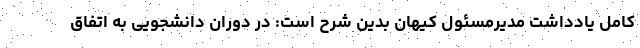
کامل یادداشت مدیرمسئول کیهان بدین شرح است: در دوران دانشجویی به اتفاق